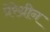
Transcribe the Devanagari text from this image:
प्रेरेग्रीन